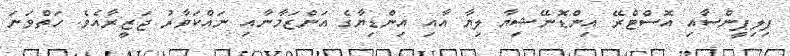
ފިލިޕީންސާއި އޮސްޓްރޭ އިންޑޮނޭޝިޔާ ލިޔާ އާއި އިންޑިޔާގެ އަންޒަމާނާއި ނައްކަވާރު ޖަޒީރާއެވެ. ހަތްވަނަ